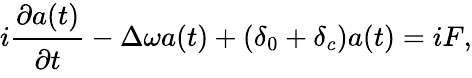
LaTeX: i\cfrac{\partial a(t)}{\partial t}-\Delta\omega a(t)+(\delta_{0}+\delta_{c})a(t)=iF,